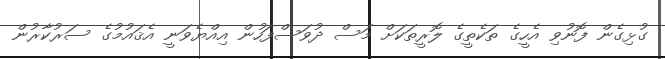
ގުޅިގެން ފޮނުވި އެހީގެ ތަކެތީގެ ލޮރީތަކަށް މަސް ދުވަސްފަހުން އިއްޔެވަނީ އެޤައުމުގެ ސަރުކާރުން